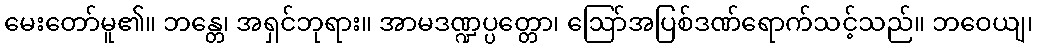
မေးတော်မူ၏။ ဘန္တေ၊ အရှင်ဘုရား။ အာမဒဏ္ဍပ္ပတ္တော၊ ဩော်အပြစ်ဒဏ်ရောက်သင့်သည်။ ဘဝေယျ၊